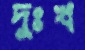
দুঃখ